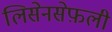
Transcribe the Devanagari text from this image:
लिसेनसेफ़ली